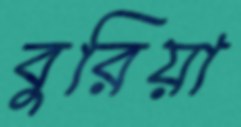
বুরিয়া